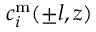
c _ { i } ^ { \mathrm { m } } ( \pm l , z )